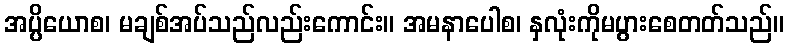
အပ္ပိယောစ၊ မချစ်အပ်သည်လည်းကောင်း။ အမနာပေါစ၊ နှလုံးကိုမပွားစေတတ်သည်။